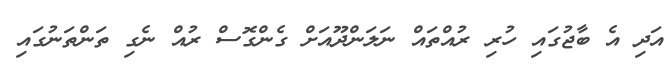
އަދި އެ ބާޖުގައި ހުރި ރުއްތައް ނަލަންދޫއަށް ގެންގޮސް ރުއް ނެގި ތަންތަނުގައި